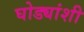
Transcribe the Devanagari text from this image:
घोड्यांशी